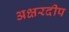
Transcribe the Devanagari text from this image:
अक्षरदीप